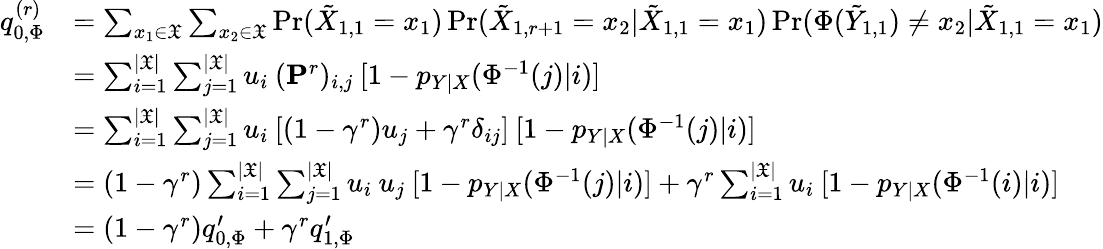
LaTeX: \begin{array}{rl}{q_{0,\Phi}^{(r)}}&{=\sum_{x_{1}\in\mathfrak{X}}\sum_{x_{2}\in\mathfrak{X}}\operatorname*{Pr}(\tilde{X}_{1,1}=x_{1})\operatorname*{Pr}(\tilde{X}_{1,r+1}=x_{2}|\tilde{X}_{1,1}=x_{1})\operatorname*{Pr}(\Phi(\tilde{Y}_{1,1})\neq x_{2}|\tilde{X}_{1,1}=x_{1})}\\ &{=\sum_{i=1}^{|\mathfrak{X}|}\sum_{j=1}^{|\mathfrak{X}|}u_{i}\: (\mathbf{P}^{r})_{i,j}\: [1-p_{Y|X}(\Phi^{-1}(j)|i)]}\\ &{=\sum_{i=1}^{|\mathfrak{X}|}\sum_{j=1}^{|\mathfrak{X}|}u_{i}\: [(1-\gamma^{r})u_{j}+\gamma^{r}\delta_{ij}]\: [1-p_{Y|X}(\Phi^{-1}(j)|i)]}\\ &{=(1-\gamma^{r})\sum_{i=1}^{|\mathfrak{X}|}\sum_{j=1}^{|\mathfrak{X}|}u_{i}\: u_{j}\: [1-p_{Y|X}(\Phi^{-1}(j)|i)]+\gamma^{r}\sum_{i=1}^{|\mathfrak{X}|}u_{i}\: [1-p_{Y|X}(\Phi^{-1}(i)|i)]}\\ &{=(1-\gamma^{r})q_{0,\Phi}^{\prime}+\gamma^{r}q_{1,\Phi}^{\prime}}\end{array}